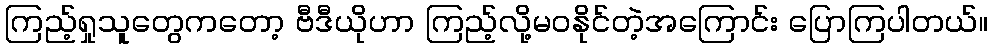
ကြည့်ရှုသူတွေကတော့ ဗီဒီယိုဟာ ကြည့်လို့မဝနိုင်တဲ့အကြောင်း ပြောကြပါတယ်။